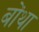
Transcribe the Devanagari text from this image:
बोंथा